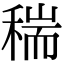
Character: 𥠄